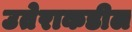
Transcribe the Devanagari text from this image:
उतेराकडील